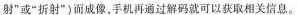
射”或”折射”)而成像，手机再通过解码就可以获取相关信息。